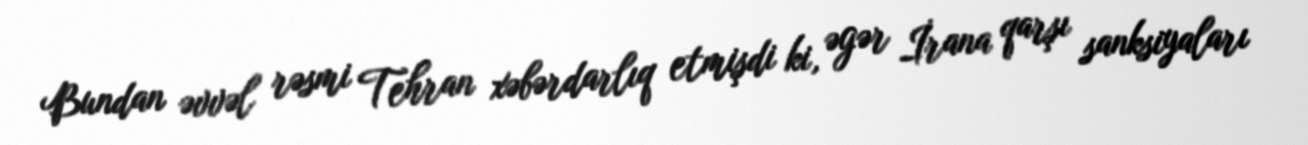
Bundan əvvəl rəsmi Tehran xəbərdarlıq etmişdi ki, əgər İrana qarşı sanksiyaları